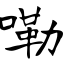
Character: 嘞